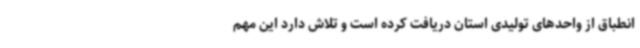
انطباق از واحدهای تولیدی استان دریافت کرده است و تلاش دارد این مهم